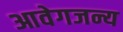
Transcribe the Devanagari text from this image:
आवेगजन्य